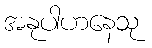
အနုပါဟနေသု